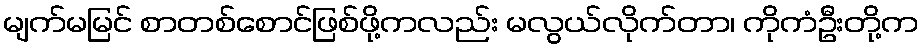
မျက်မမြင် စာတစ်စောင်ဖြစ်ဖို့ကလည်း မလွယ်လိုက်တာ၊ ကိုကံဦးတို့က